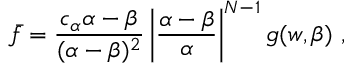
\bar { f } = \frac { c _ { \alpha } \alpha - \beta } { ( \alpha - \beta ) ^ { 2 } } \left| \frac { \alpha - \beta } { \alpha } \right| ^ { N - 1 } g ( w , \beta ) \ ,